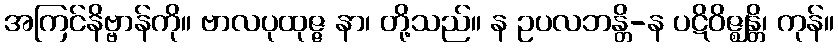
အကြင်နိဗ္ဗာန်ကို။ ဗာလပုထုဇ္ဇ နာ၊ တို့သည်။ န ဥပလဘန္တိ-န ပဋိဝိဇ္ဈန္တိ၊ ကုန်။